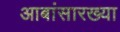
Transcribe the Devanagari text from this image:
आबांसारख्या